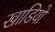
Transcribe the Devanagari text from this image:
खाडियो